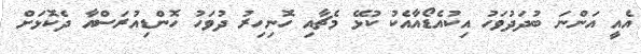
އެއީ އަންނަ ބުދަދުވަހު އިކުއެޑޯއާއެކު ކުޅޭ މެޗާއި ހޮނިހިރު ދުވަހު ހޮންޑިއުރަސްއާ ދެކޮޅަށް